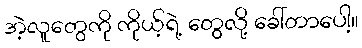
အဲ့လူတွေကို ကိုယ့်ရဲ့ တွေလို့ ခေါ်တာပေါ့။